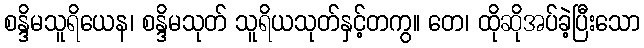
စန္ဒိမသူရိယေန၊ စန္ဒိမသုတ် သူရိယသုတ်နှင့်တကွ။ တေ၊ ထိုဆိုအပ်ခဲ့ပြီးသော